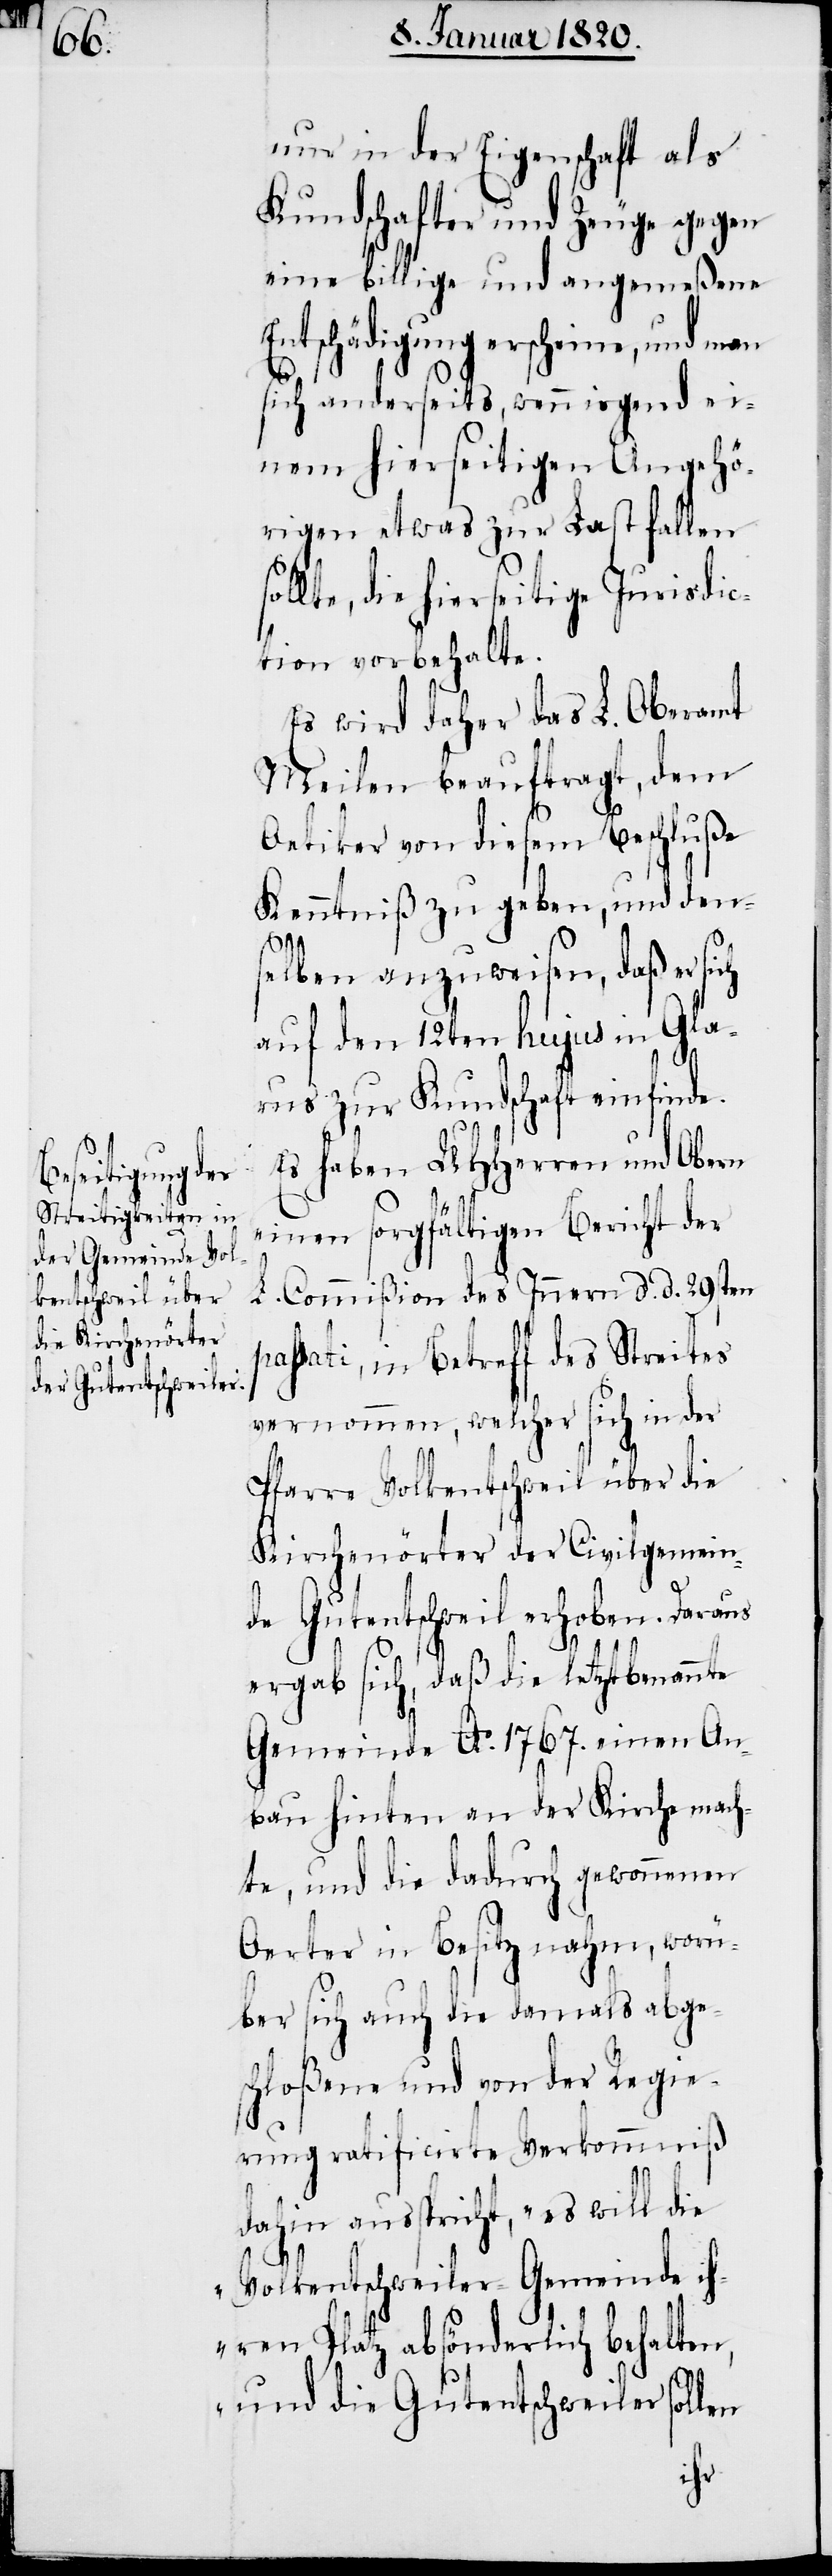
p¬
nur in der Eigenschaft als
Kundschafter und Zeuge gegen
eine billige und angemeßene
Entschädigung erscheine, und
sich anderseits, wenn irgend ei¬
nem hierseitigen Angehö¬
rigen etwas zur Last fallen
lte, die hierseitige Jurisdic¬
tion vorbehalte.
Es wird daher das L. Oberamt
Meilen beauftragt, dem
Oetiker von diesem Beschluße
Kenntniß zu geben, und den¬
selben anzuweisen, daß er sich
auf den 12ten hujus in Gla¬
rus zur Kundschaft einfinde.
Es haben UHHerren und Obern
einen sorgfältigen Bericht der
L. Commißion des Innern d. d. 29sten
assati, in Betreff des Streites
vernommen, welcher sich in der
Pfarre Volkentschweil über die
Kirchenörter der Civilgemein¬
de Gutentschweil erhoben. Daraus
ergab sich, daß die letztbenannte
Gemeinde Ao. 1767. einen An¬
bau hinten an der Kirche mach¬
te, und die dadurch gewonnenen
Oerter in Besitz nahm, worü¬
ber sich auch die damals abge¬
schloßene und von der Regie¬
rung ratificirte Verkommniß
dahin ausspricht, „es will die
Volkentschweiler Gemeinde ih¬
ren Platz absönderlich behalten,
und die Gutentschweiler sollen
sol¬